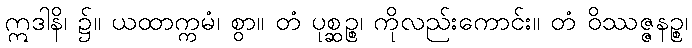
ဣဒါနိ၊ ၌။ ယထာက္ကမံ၊ စွာ။ တံ ပုစ္ဆဉ္စ၊ ကိုလည်းကောင်း။ တံ ဝိဿဇ္ဇနဉ္စ၊